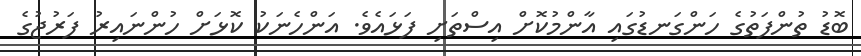
ބޮޑު ތުންފަތުގެ ހަންގަނޑުގައި އާންމުކޮށް އިސްތަށި ފަޅައެވެ. އަންހެނަކު ކޮޅަށް ހުންނައިރު ފަރުޖުގެ